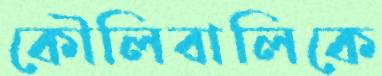
কৌলিবালিকে